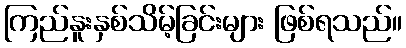
ကြည်နူးနှစ်သိမ့်ခြင်းများ ဖြစ်ရသည်။